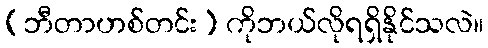
(ဘီတာဟစ်တင်း) ကိုဘယ်လိုရရှိနိုင်သလဲ။